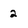
Character: 2